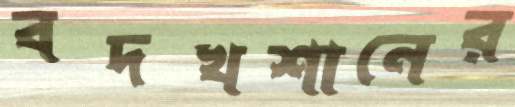
বদখশানের